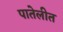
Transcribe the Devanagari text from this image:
पातेलीत